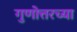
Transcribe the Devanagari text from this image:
गुणोत्तरच्या